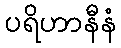
ပရိဟာနီနံ